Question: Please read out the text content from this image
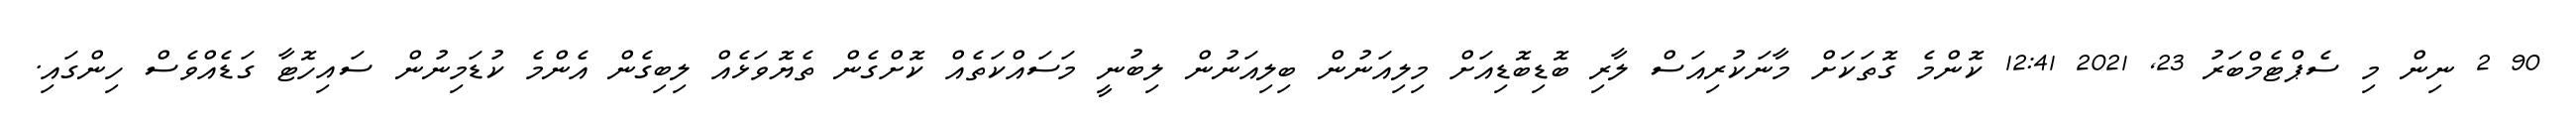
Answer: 90 2 ނިން މި ސެޕްޓެމްބަރު 23, 2021 12:41 ކޮންމެ ގޮތަކަށް މާނަކުރިއަސް ލާރި ބޮޑިބޮޑިއަށް މިލިއަނުން ބިލިއަނުން ލިބުނީ މަސައްކަތެއް ކޮށްގެން ތެޔޮވަޅެއް ލިބިގެން އެންމެ ކުޑަމިނުން ސައިހޮޓާ ގަޑެއްވެސް ހިންގައި.